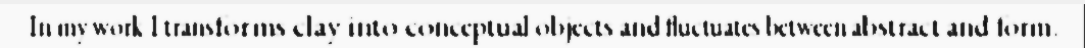
In my work I transforms clay into conceptual objects and fluctuates between abstract and form.